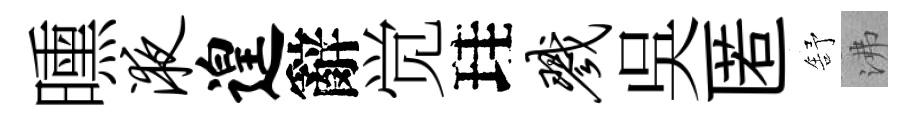
曛液遑辭觉珪戮吳匿舒沸